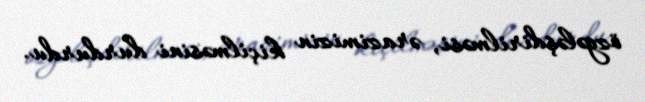
özgələşdirilməsi, ərazimizin kiçilməsini durdurdu.